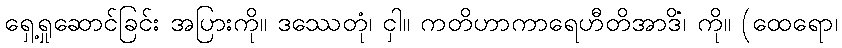
ရှေ့ရှုဆောင်ခြင်း အပြားကို။ ဒဿေတုံ၊ ငှါ။ ကတိဟာကာရေဟီတိအာဒိံ၊ ကို။ (ထေရော၊